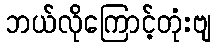
ဘယ်လိုကြောင့်တုံးဗျ